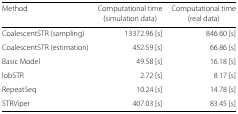
<table><thead><tr><td><b>Method</b></td><td><b>Computational time</b></td><td><b>Computational time</b></td></tr><tr><td></td><td><b>(simulation data)</b></td><td><b>(real data)</b></td></tr></thead><tbody><tr><td>CoalescentSTR (sampling)</td><td>13372.96 [s]</td><td>846.60 [s]</td></tr><tr><td>CoalescentSTR (estimation)</td><td>452.59 [s]</td><td>66.86 [s]</td></tr><tr><td>Basic Model</td><td>49.58 [s]</td><td>16.18 [s]</td></tr><tr><td>lobSTR</td><td>2.72 [s]</td><td>8.17 [s]</td></tr><tr><td>RepeatSeq</td><td>10.24 [s]</td><td>14.78 [s]</td></tr><tr><td>STRViper</td><td>407.03 [s]</td><td>83.45 [s]</td></tr></tbody></table>